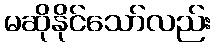
မဆိုနိုင်သော်လည်း